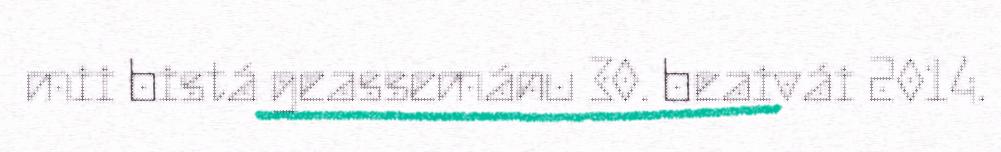
mii bistá geassemánu 30. beaivái 2014.